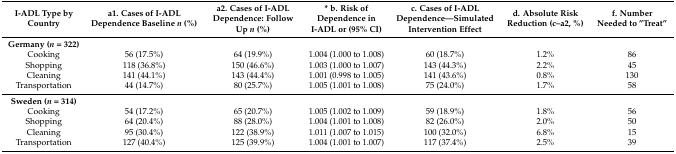
| I-ADL Type by Country | a1. Cases of I-ADL Dependence Baseline n (%) | a2. Cases of I-ADL Dependence: Follow Up n (%) | * b. Risk of Dependence in I-ADL or (95% CI) | c. Cases of I-ADL Dependence—Simulated Intervention Effect | d. Absolute Risk Reduction (c–a2, %) | f. Number Needed to ”Treat” |
 | --- | --- | --- | --- | --- | --- | --- |
 | Germany (n = 322) |  |  |  |  |  |  |
 | Cooking | 56 (17.5%) | 64 (19.9%) | 1.004 (1.000 to 1.008) | 60 (18.7%) | 1.2% | 86 |
 | Shopping | 118 (36.8%) | 150 (46.6%) | 1.003 (1.000 to 1.007) | 143 (44.3%) | 2.2% | 45 |
 | Cleaning | 141 (44.1%) | 143 (44.4%) | 1.001 (0.998 to 1.005) | 141 (43.6%) | 0.8% | 130 |
 | Transportation | 44 (14.7%) | 80 (25.7%) | 1.005 (1.001 to 1.008) | 75 (24.0%) | 1.7% | 58 |
 | Sweden (n = 314) |  |  |  |  |  |  |
 | Cooking | 54 (17.2%) | 65 (20.7%) | 1.005 (1.002 to 1.009) | 59 (18.9%) | 1.8% | 56 |
 | Shopping | 64 (20.4%) | 88 (28.0%) | 1.004 (1.001 to 1.008) | 82 (26.0%) | 2.0% | 50 |
 | Cleaning | 95 (30.4%) | 122 (38.9%) | 1.011 (1.007 to 1.015) | 100 (32.0%) | 6.8% | 15 |
 | Transportation | 127 (40.4%) | 125 (39.9%) | 1.004 (1.001 to 1.007) | 117 (37.4%) | 2.5% | 39 |